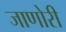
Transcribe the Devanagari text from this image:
जाणोरी